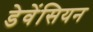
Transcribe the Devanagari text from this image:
डेवेंसियन